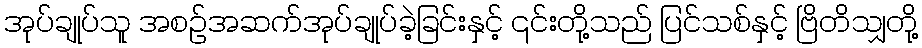
အုပ်ချုပ်သူ အစဉ်အဆက်အုပ်ချုပ်ခဲ့ခြင်းနှင့် ၎င်းတို့သည် ပြင်သစ်နှင့် ဗြိတိသျှတို့